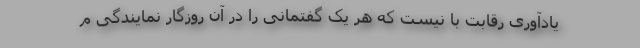
یادآوری رقابت با نیست که هر یک گفتمانی را در آن روزگار نمایندگی م